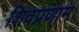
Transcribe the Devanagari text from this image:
शिवप्रणाम